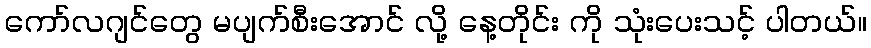
ကော်လဂျင်တွေ မပျက်စီးအောင် လို့ နေ့တိုင်း ကို သုံးပေးသင့် ပါတယ်။